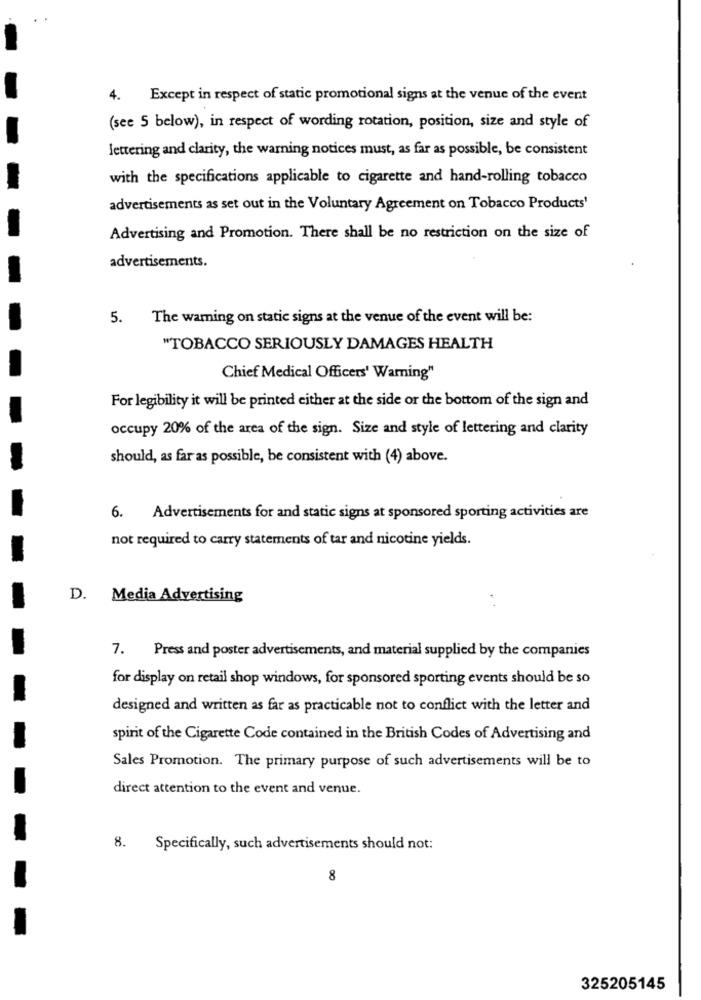
4. Except in respect of static promotional signs at the venue of the event
(see 5 below), in respect of wording rotation, position, size and style of
lettering and clarity, the warning notices must, as far as possible, be consistent
with the specifications applicable to cigarette and hand-rolling tobacco
advertisements as set out in the Voluntary Agreement on Tobacco Products'
Advertising and Promotion. There shall be no restriction on the size of
advertisements.
5.
The warning on static signs at the venue of the event will be:
"TOBACCO SERIOUSLY DAMAGES HEALTH
Chief Medical Officers' Warning"
For legibility it will be printed either at the side or the bottom of the sign and
occupy 20% of the area of the sign. Size and style of lettering and clarity
should, as far as possible, be consistent with (4) above.
6. Advertisements for and static signs at sponsored sporting activities are
not required to carry statements of tar and nicotine yields.
D. Media Advertising
7. Press and poster advertisements, and material supplied by the companies
for display on retail shop windows, for sponsored sporting events should be so
designed and written as far as practicable not to conflict with the letter and
spirit of the Cigarette Code contained in the British Codes of Advertising and
Sales Promotion. The primary purpose of such advertisements will be to
direct attention to the event and venue.
8.
Specifically, such advertisements should not:
8
325205145